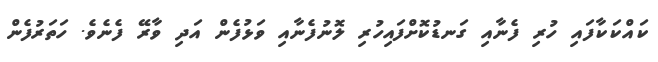
ކައްކަކާފައި ހުރި ފެނާއި ގަނޑުކޮށްފައިހުރި ލޮނުފެނާއި ވަޅުފެން އަދި ވާރޭ ފެނެވެ. ހަތަރުފެން